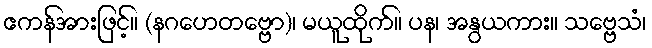
ဧကန်အားဖြင့်။ (နဂဟေတဗ္ဗော)၊ မယူထိုက်။ ပန၊ အနွယကား။ သဗ္ဗေသံ၊